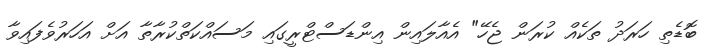
ބޮޑެތި ހަރަދު ތަކެއް ކުރަން ޖެހޭ" އެއާލައިން އިންޑަސްޓްރީގައި މަސައްކަތްކުރާތާ އަށް އަހަރުވެފައިވާ